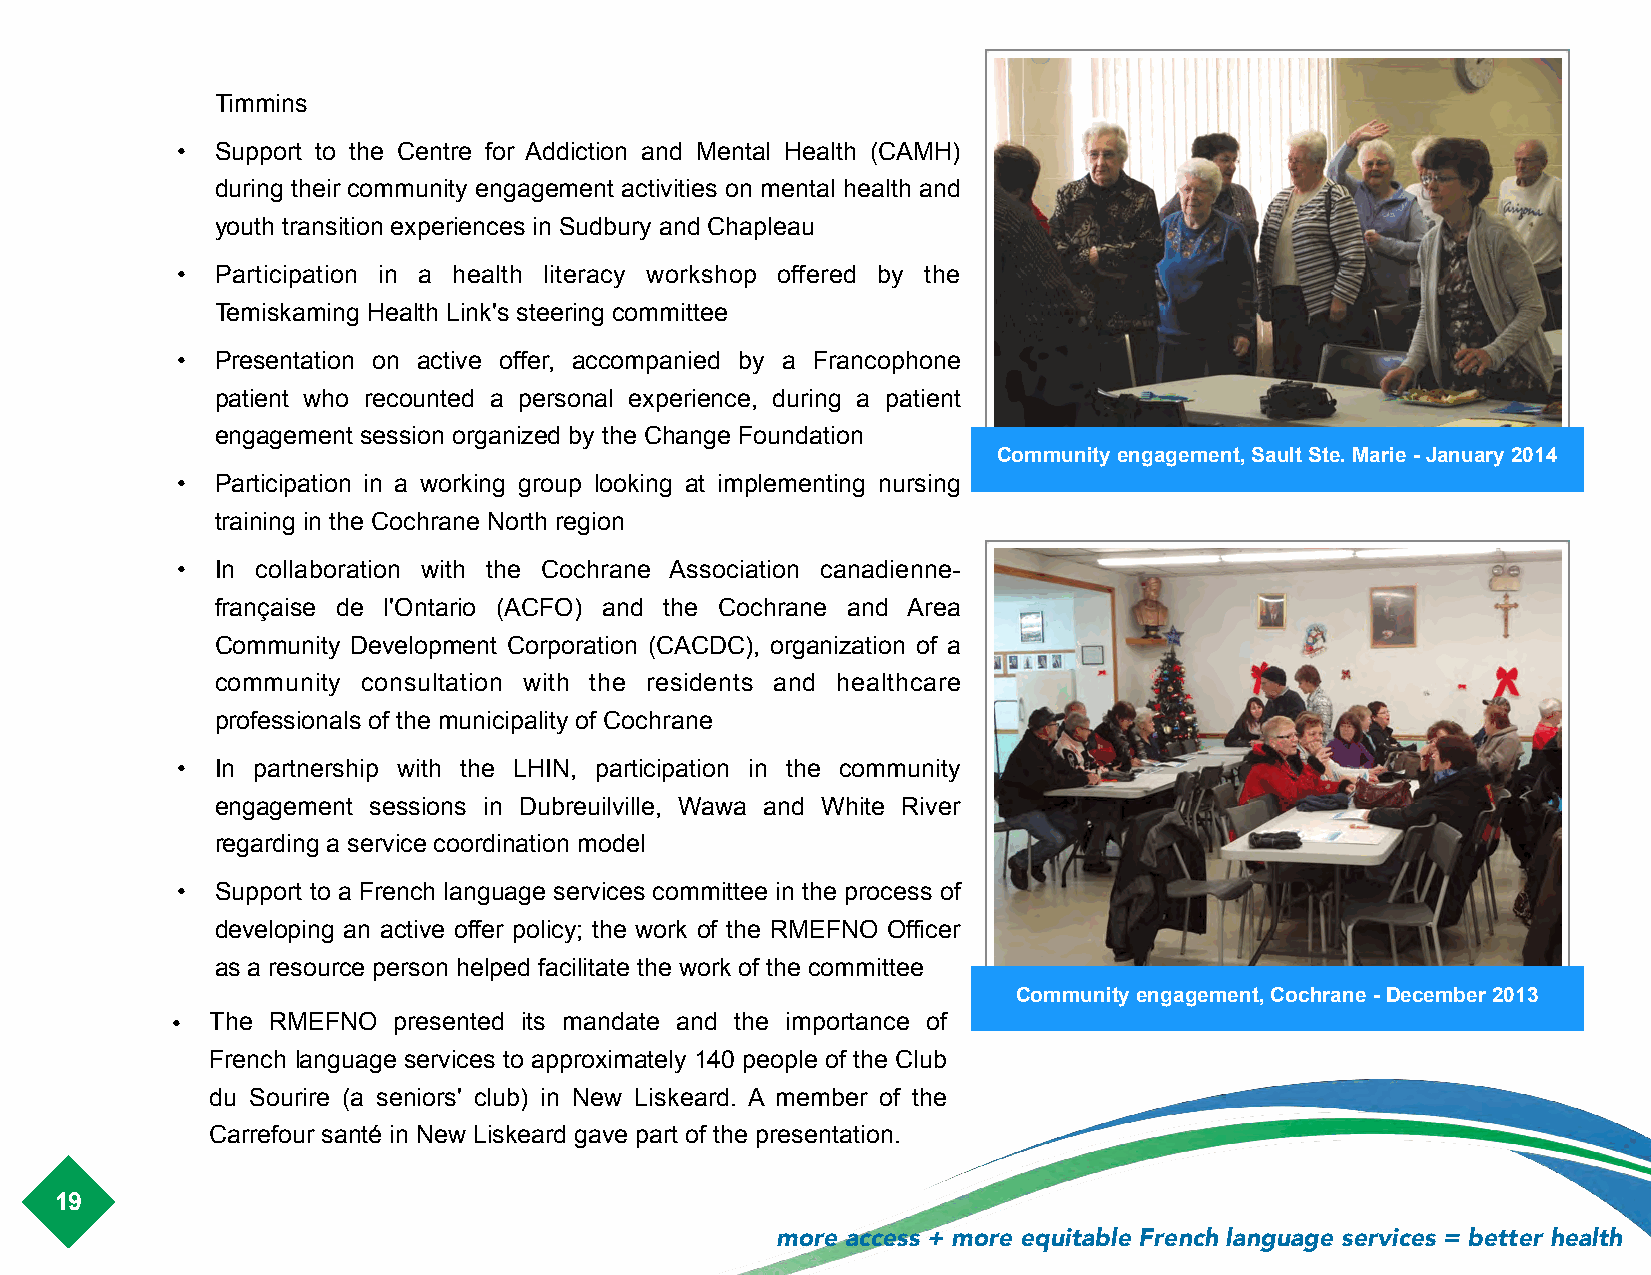
Timmins
 • Support to the Centre for Addiction and Mental Health (CAMH)
 during their community engagement activities on mental health and
 youth transition experiences in Sudbury and Chapleau
 • Participation in a health literacy workshop offered by the
 Temiskaming Health Link's steering committee
 • Presentation on active offer, accompanied by a Francophone
 patient who recounted a personal experience, during a patient
 engagement session organized by the Change Foundation
 Community engagement, Sault Ste. Marie - January 2014
 • Participation in a working group looking at implementing nursing
 training in the Cochrane North region
 • In collaboration with the Cochrane Association canadienne-
 française de l'Ontario (ACFO) and the Cochrane and Area
 Community Development Corporation (CACDC), organization of a
 community consultation with the residents and healthcare
 professionals of the municipality of Cochrane
 • In partnership with the LHIN, participation in the community
 engagement sessions in Dubreuilville, Wawa and White River
 regarding a service coordination model
 • Support to a French language services committee in the process of
 developing an active offer policy; the work of the RMEFNO Officer
 as a resource person helped facilitate the work of the committee
 !                                                      Community engagement, Cochrane - December 2013
 •  The RMEFNO  presented its mandate and the importance of
 !
 French language services to approximately 140 people of the Club
 du Sourire (a seniors' club) in New Liskeard. A member of the
 Carrefour santé in New Liskeard gave part of the presentation.
 19
 more access + more equitable French language services = better health